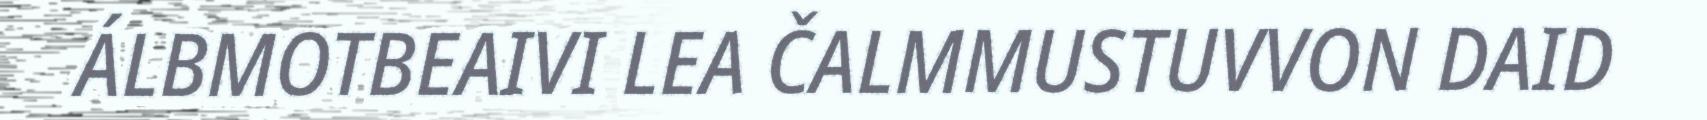
ÁLBMOTBEAIVI LEA ČALMMUSTUVVON DAID